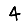
Digit: 4